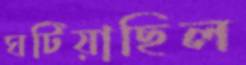
ঘটিয়াছিল